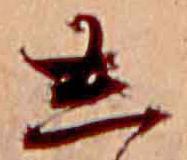
し